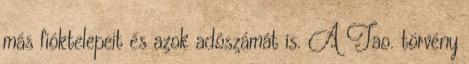
más fióktelepeit és azok adószámát is. A Tao. törvény